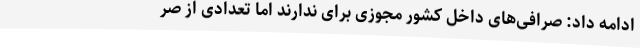
ادامه داد: صرافی‌های داخل کشور مجوزی برای ندارند اما تعدادی از صر